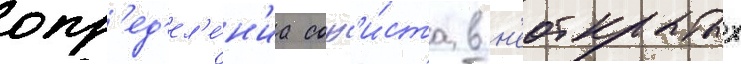
опр'ед'ел'е́н'иа соф'и́ста в н'еоткрытых